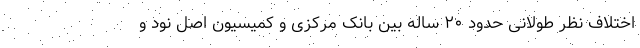
اختلاف نظر طولانی حدود ۲۰ ساله بین بانک مرکزی و کمیسیون اصل نود و